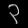
Digit: ၃